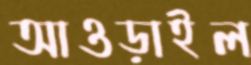
আওড়াইল